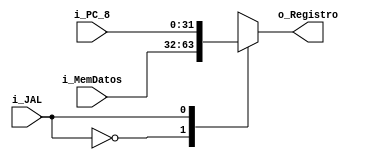
`timescale 1ns / 1ps
//////////////////////////////////////////////////////////////////////////////////
// Company: 
// Engineer: 
// 
// Design Name: 
// Module Name: WB_Mux_EscribirDato
// Project Name: 
// Target Devices: 
// Tool Versions: 
// Description: 
// 
// Dependencies: 
// 
// Revision:
// Revision 0.01 - File Created
// Additional Comments:
// 
//////////////////////////////////////////////////////////////////////////////////


module WB_Mux_EscribirDato
    #(
        parameter NBITS = 32
    )
    (
        input   wire                          i_JAL         ,
        input   wire     [NBITS-1      :0]    i_MemDatos    ,
        input   wire     [NBITS-1      :0]    i_PC_8        ,
        output  wire     [NBITS-1      :0]    o_Registro                 
    );

    reg [NBITS-1  :0]   to_Reg      ;
    assign  o_Registro   =   to_Reg ;

    always @(*)
    begin
        case(i_JAL)
            1'b0:   to_Reg  <=  i_MemDatos  ;   
            1'b1:   to_Reg  <=  i_PC_8      ;
        endcase
    end 
endmodule